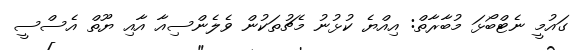
ގައުމީ ނެޓްބޯޅަ މުބާރާތް: އިއްޔެ ކުޅުނު މެޗުތަކުން ވެލެންސިއާ އާއި ޔޫތް އެސްސީ